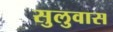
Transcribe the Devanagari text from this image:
सुलुवास